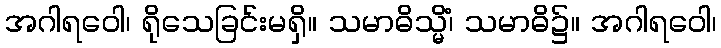
အဂါရဝေါ၊ ရိုသေခြင်းမရှိ။ သမာဓိသ္မိံ၊ သမာဓိ၌။ အဂါရဝေါ၊